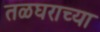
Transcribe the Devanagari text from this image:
तळघराच्या